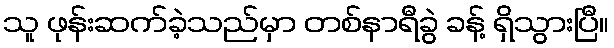
သူ ဖုန်းဆက်ခဲ့သည်မှာ တစ်နာရီခွဲ ခန့် ရှိသွားပြီ။